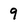
Character: 9